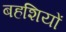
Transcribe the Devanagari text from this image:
बहशियों